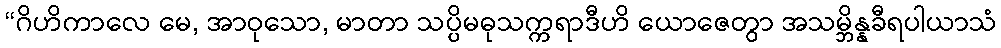
“ဂိဟိကာလေ မေ, အာဝုသော, မာတာ သပ္ပိမဓုသက္ကရာဒီဟိ ယောဇေတွာ အသမ္ဘိန္နခီရပါယာသံ